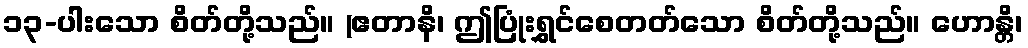
၁၃-ပါးသော စိတ်တို့သည်။ (ဧတာနိ၊ ဤပြုံးရွှင်စေတတ်သော စိတ်တို့သည်။ ဟောန္တိ၊